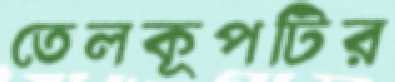
তেলকূপটির